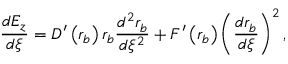
\frac { d E _ { z } } { d \xi } = D ^ { \prime } \left( r _ { b } \right) r _ { b } \frac { d ^ { 2 } r _ { b } } { d \xi ^ { 2 } } + F ^ { \prime } \left( r _ { b } \right) \left( \frac { d r _ { b } } { d \xi } \right) ^ { 2 } ,